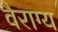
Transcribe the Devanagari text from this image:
वैराग्‍य